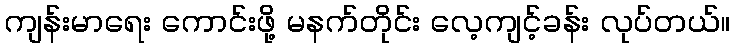
ကျန်းမာရေး ကောင်းဖို့ မနက်တိုင်း လေ့ကျင့်ခန်း လုပ်တယ်။